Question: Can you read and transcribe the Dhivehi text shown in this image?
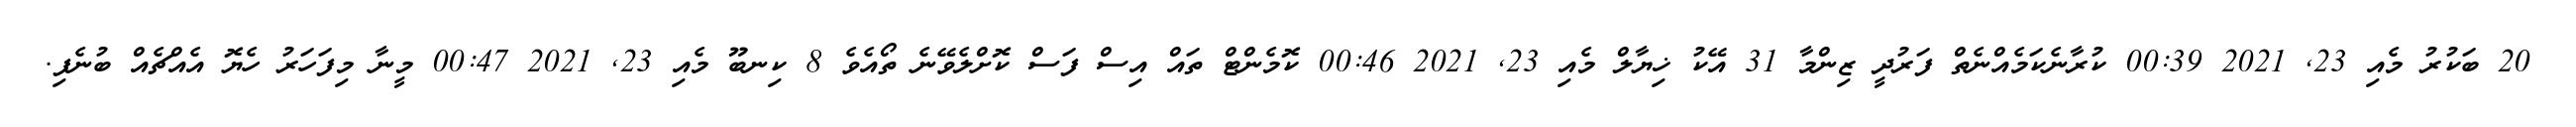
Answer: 20 ބަކުރު މެއި 23, 2021 00:39 ކުރާނެކަމެއްނެތް ފަރުދީ ޒިންމާ 31 އޭކު ޚިޔާލް މެއި 23, 2021 00:46 ކޮމެންޓް ތައް އިސް ފަސް ކޮށްލެވޭނެ ތޯއެވެ 8 ކިނބޫ މެއި 23, 2021 00:47 މީނާ މިފަހަރު ހެޔޮ އެއްޗެއް ބުނެފި.